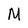
Character: M